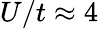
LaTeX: U/t\approx 4